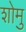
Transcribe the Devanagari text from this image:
शोमु